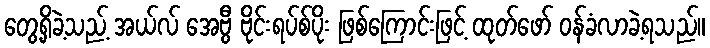
တွေ့ရှိခဲ့သည့် အယ်လ် အေဗွီ ဗိုင်းရပ်စ်ပိုး ဖြစ်ကြောင်းဖြင့် ထုတ်ဖော် ဝန်ခံလာခဲ့ရသည်။